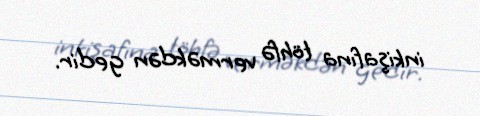
inkişafına töhfə verməkdən gedir.